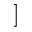
]